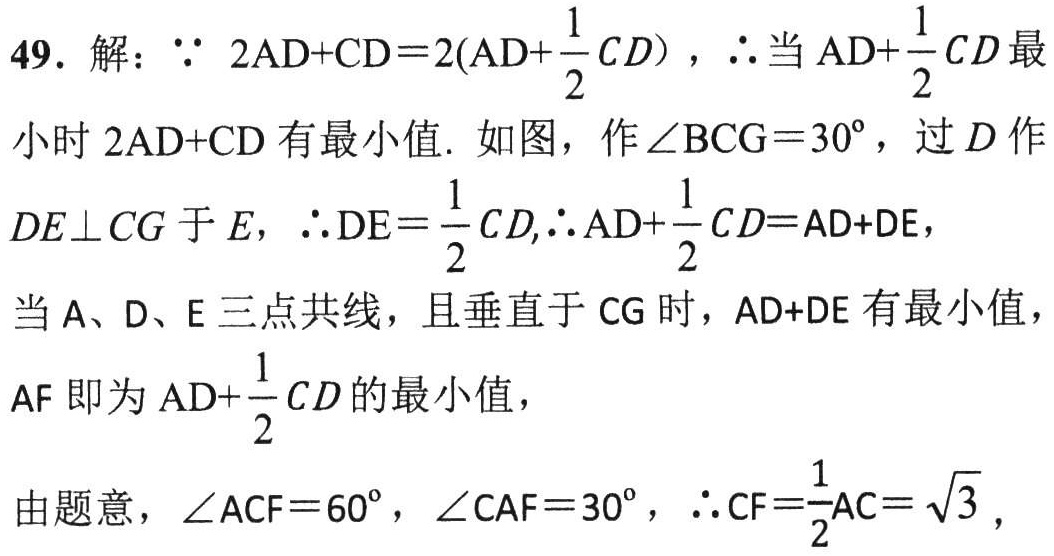
49. 解：\(\because 2AD + CD = 2(AD+\frac{1}{2}CD)\)，\(\therefore\)当\(AD+\frac{1}{2}CD\)最小时 \(2AD + CD\) 有最小值. 如图，作\(\angle BCG = 30^{\circ}\)，过 \(D\) 作\(DE\perp CG\) 于 \(E\)，\(\therefore DE=\frac{1}{2}CD\),\(\therefore AD+\frac{1}{2}CD = AD + DE\)，当 \(A\)、\(D\)、\(E\) 三点共线，且垂直于 \(CG\) 时，\(AD + DE\) 有最小值，\(AF\) 即为 \(AD+\frac{1}{2}CD\) 的最小值，
由题意，\(\angle ACF = 60^{\circ}\)，\(\angle CAF = 30^{\circ}\)，\(\therefore CF=\frac{1}{2}AC=\sqrt{3}\)，